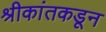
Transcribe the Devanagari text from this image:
श्रीकांतकडून